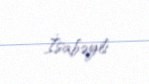
İsabəyli